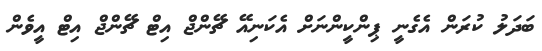
ބަދަލު ކުރަން އެގެނީ ޕިންކީންނަށް އެކަނިއޭ ޗޭންޖް އިޓް ޗޭންޖް އިޓް އީވެން